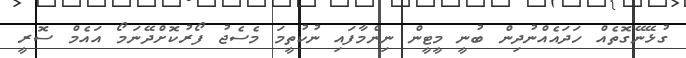
ގުޅޭނޭގޮތެއް ހަދައެއްނުދިން ބުނީ މީޓީން ނިންމާފައި ނުކުތީމަ މެސެޖު ފޯރުކޮށްދޭނަމޯ އައެމް ސޮރީ